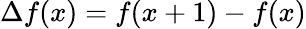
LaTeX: \Delta f(x)=f(x+1)-f(x)